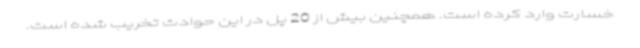
خسارت وارد کرده است. همچنین بیش از 20 پل در این حوادث تخریب شده است.